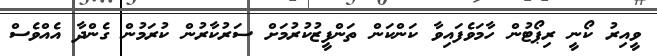
ވީއިރު ކޯނީ ރިޕޯޓުން ހާމަވެފައިވާ ކަންކަން ތަންފީޒުކުރުމަށް ސަރުކާރުން ކުރަމުން ގެންދާ އެއްވެސް